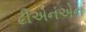
ટીએનએન